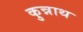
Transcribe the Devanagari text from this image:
कुन्नाथ